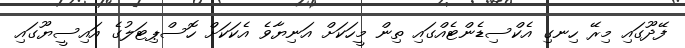
ފޭދޫގައި މިރޭ ހިނގި އެކްސިޑެންޓެއްގައި ތިން މީހަކަށް އަނިޔާވެ އެކަކަށް ހޮސްޕިޓަލުގެ އައިސީޔޫގައި